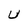
Character: U